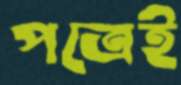
পত্রেই